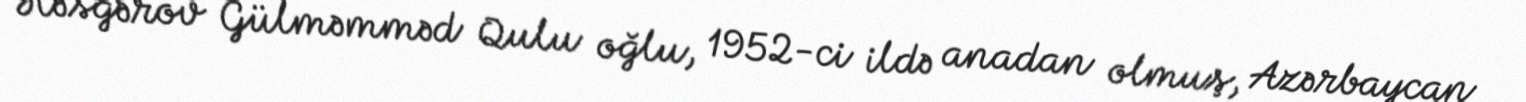
Ələsgərov Gülməmməd Qulu oğlu, 1952-ci ildə anadan olmuş, Azərbaycan